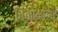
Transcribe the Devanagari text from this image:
विक्रीकरिता